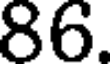
86.